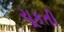
ચૂકતી